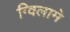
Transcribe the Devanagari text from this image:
ग्विलामे